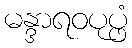
မန္ဒာရဝပုပ္ဖံ